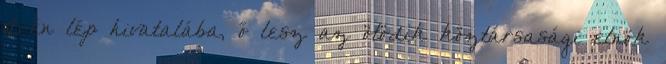
10-én lép hivatalába, ő lesz az ötödik köztársasági elnök